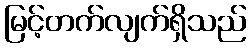
မြင့်တက်လျက်ရှိသည်